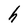
Character: h